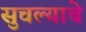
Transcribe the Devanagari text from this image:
सुचल्याचे